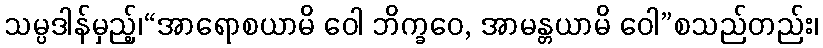
သမ္ပဒါန်မှည့်၊“အာရောစယာမိ ဝေါ ဘိက္ခဝေ, အာမန္တယာမိ ဝေါ”စသည်တည်း၊